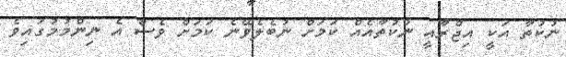
ނުކުތާ އަކީ އިޖްރާއީ ނުކުތާއެއް ކަމަށް ނުބެލެވޭނެ ކަމަށް ވެސް އެ ނިންމުމުގައިވެ